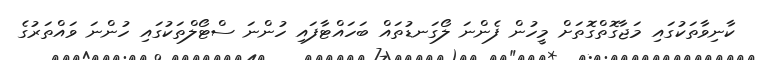
ކާނިވާތަކުގައި މަޖާގޮތްގޮތަށް މީހުން ފެންނަ ލޯގަނޑުތައް ބަހައްޓާފައި ހުންނަ ސްޓޯލްތަކުގައި ހުންނަ ވައްތަރުގެ